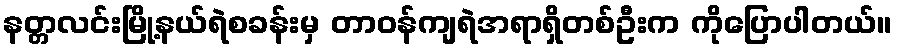
နတ္တလင်းမြို့နယ်ရဲစခန်းမှ တာဝန်ကျရဲအရာရှိတစ်ဦးက ကိုပြောပါတယ်။